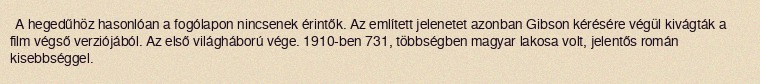
A hegedűhöz hasonlóan a fogólapon nincsenek érintők. Az említett jelenetet azonban Gibson kérésére végül kivágták a film végső verziójából. Az első világháború vége. 1910-ben 731, többségben magyar lakosa volt, jelentős román kisebbséggel.